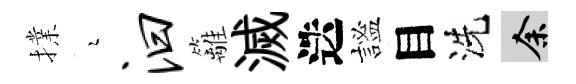
擈瑟汩籬滅迭謐目洗余